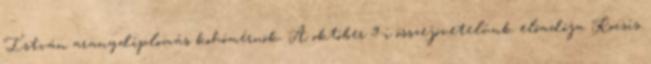
István aranydiplomás kohómérnök. A október 9-i összejövetelünk elõadója Kocsis